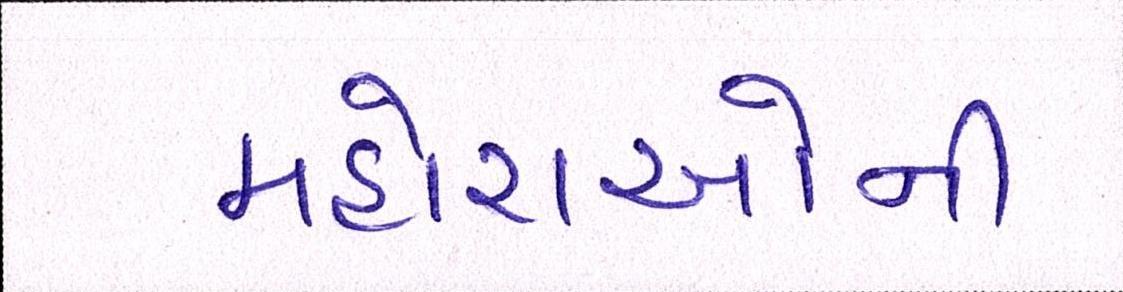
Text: મહોરાઓની